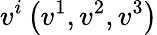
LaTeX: v^{i}\left(v^{1},v^{2},v^{3}\right)